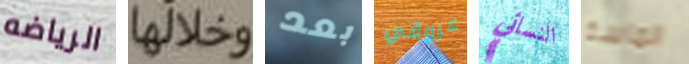
الرياضه وخلالها بعد عروقي النسائي الماسة